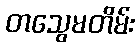
တသွေမတိမ်း